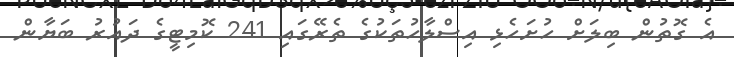
އެ ގޮތުން ބިލަށް ހުށަހެޅި އިސްލާހުތަކުގެ ތެރޭގައި 241 ކޮމިޓީގެ ދައުރު ބަޔާން